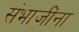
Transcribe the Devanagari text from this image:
संभाजींना